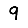
Digit: 9